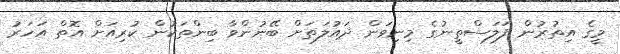
މީގެ އިތުރުން ފަލަސްތީނުގެ މިނިވަން ދައުލަތަށް ބޭނުންވާ ބިންތަކުން ކުރިއަށް އޮތް އަހަރު